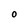
Character: O